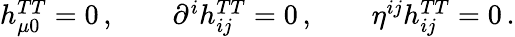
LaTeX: \begin{array}{r}{h_{\mu 0}^{TT}=0\, ,\qquad\partial^{i}h_{ij}^{TT}=0\, ,\qquad\eta^{ij}h_{ij}^{TT}=0\, .}\end{array}